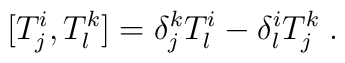
[T^i_j, T^k_l] = \delta^k_j T^i_l - \delta^i_l T^k_j\; .